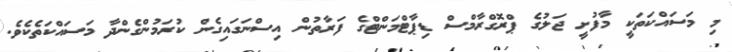
މި މަސައްކަތަކީ މާފުށީ ޖަލުގެ ޕްރޮގްރާމްސް ޑިޕާޓްމަންޓްގެ ފަރާތުން އިސްނަގައިގެން ކުރަމުންގެންދާ މަސައްކަތެކެވެ.